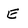
Character: E